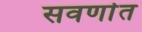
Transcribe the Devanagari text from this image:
सवर्णात